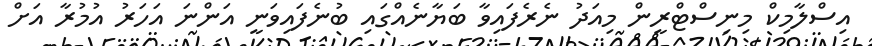
އިސްލާމިކް މިނިސްޓްރީން މިއަދު ނެރެފައިވާ ބަޔާނެއްގައި ބުނެފައިވަނީ އަންނަ އަހަރު އުމުރާ އަށް